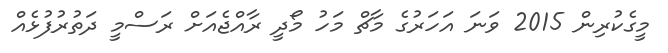
މީގެކުރިން 2015 ވަނަ އަހަރުގެ މާޗް މަހު މޯދީ ރާއްޖެއަށް ރަސްމީ ދަތުރުފުޅެއް